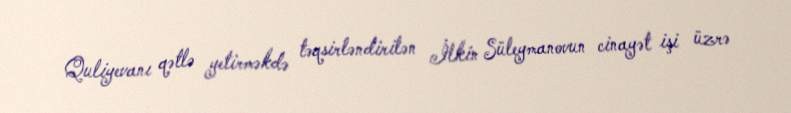
Quliyevanı qətlə yetirməkdə təqsirləndirilən İlkin Süleymanovun cinayət işi üzrə